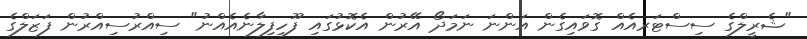
"ޝެރީލްގެ ސިސްޓަރއެއް ގޮވައިގެން އަންނަ ނަމަދޯ އޭރުން އެކޮޅުގައި ފޫހިފިލާނެއެއްނު" ސިއްރުސިއްރުން ފަޒަލްގެ